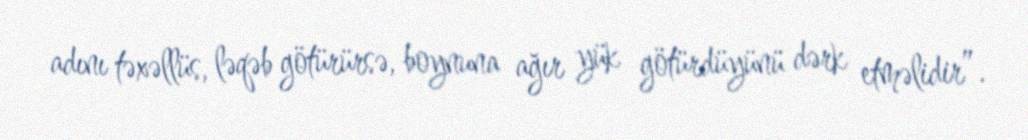
adını təxəllüs, ləqəb götürürsə, boynuna ağır yük götürdüyünü dərk etməlidir”.